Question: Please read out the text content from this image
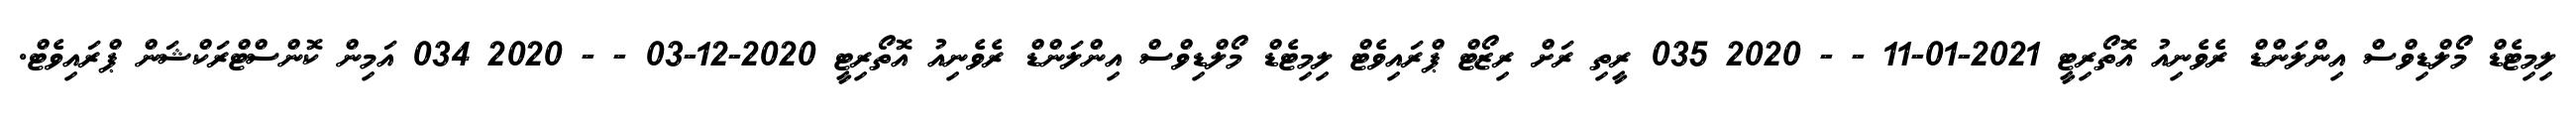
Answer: ލިމިޓެޑް މޯލްޑިވްސް އިންލަންޑް ރެވެނިއު އޮތޯރިޓީ 2021-01-11 - - 2020 035 ރީތި ރަށް ރިޒޯޓް ޕްރައިވެޓް ލިމިޓެޑް މޯލްޑިވްސް އިންލަންޑް ރެވެނިއު އޮތޯރިޓީ 2020-12-03 - - 2020 034 އަމިން ކޮންސްޓްރަކްޝަން ޕްރައިވެޓް.